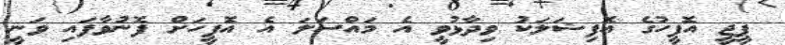
ޕީޖީ އޮފީހުގެ އޮފިޝަލަކު ވިދާޅުވީ އެ މައްސަލަ އެ އޮފީހަށް ފޮނުވާފައި ވަނީ